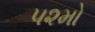
૫૨મો